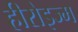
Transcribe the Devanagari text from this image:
हीरोइज्म